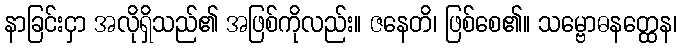
နာခြင်းငှာ အလိုရှိသည်၏ အဖြစ်ကိုလည်း။ ဇနေတိ၊ ဖြစ်စေ၏။ သမ္ဗောဓနတ္ထေန၊